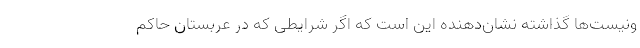
ونیست‌ها گذاشته نشان‌دهنده این است که اگر شرایطی که در عربستان حاکم